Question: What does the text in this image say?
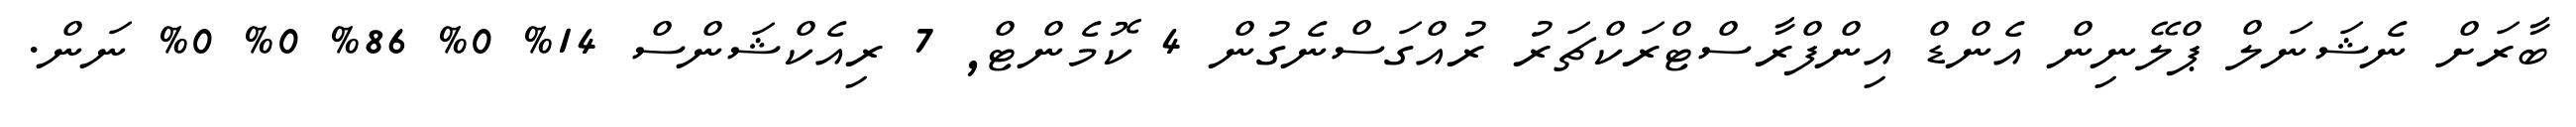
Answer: ބާރަށް ނެޝަނަލް ޕްލޭނިން އެންޑް އިންފްރާސްޓްރަކްޗަރު ރުއްގަސްނެގުން 4 ކޮމެންޓް, 7 ރިއެކްޝަންސް 14% 0% 86% 0% 0% ނަން.